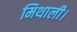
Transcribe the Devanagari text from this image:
मिथाली।